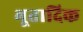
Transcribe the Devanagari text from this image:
भूतादिक